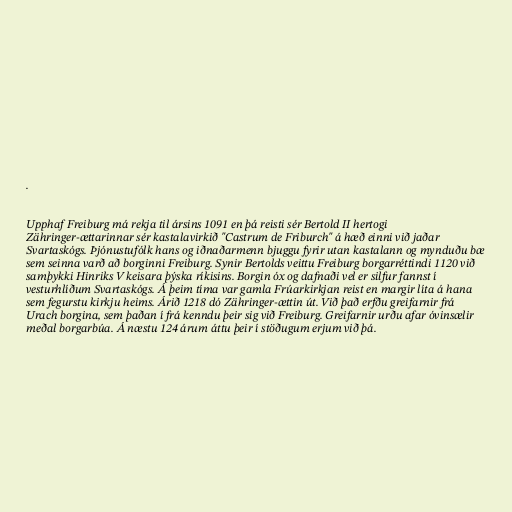
.

Upphaf Freiburg má rekja til ársins 1091 en þá reisti sér Bertold II hertogi
Zähringer-ættarinnar sér kastalavirkið "Castrum de Friburch" á hæð einni við jaðar
Svartaskógs. Þjónustufólk hans og iðnaðarmenn bjuggu fyrir utan kastalann og mynduðu bæ
sem seinna varð að borginni Freiburg. Synir Bertolds veittu Freiburg borgarréttindi 1120 við
samþykki Hinriks V keisara þýska ríkisins. Borgin óx og dafnaði vel er silfur fannst í
vesturhlíðum Svartaskógs. Á þeim tíma var gamla Frúarkirkjan reist en margir líta á hana
sem fegurstu kirkju heims. Árið 1218 dó Zähringer-ættin út. Við það erfðu greifarnir frá
Urach borgina, sem þaðan í frá kenndu þeir sig við Freiburg. Greifarnir urðu afar óvinsælir
meðal borgarbúa. Á næstu 124 árum áttu þeir í stöðugum erjum við þá.